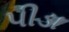
પીડા